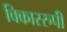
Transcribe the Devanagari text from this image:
विकाररुपी